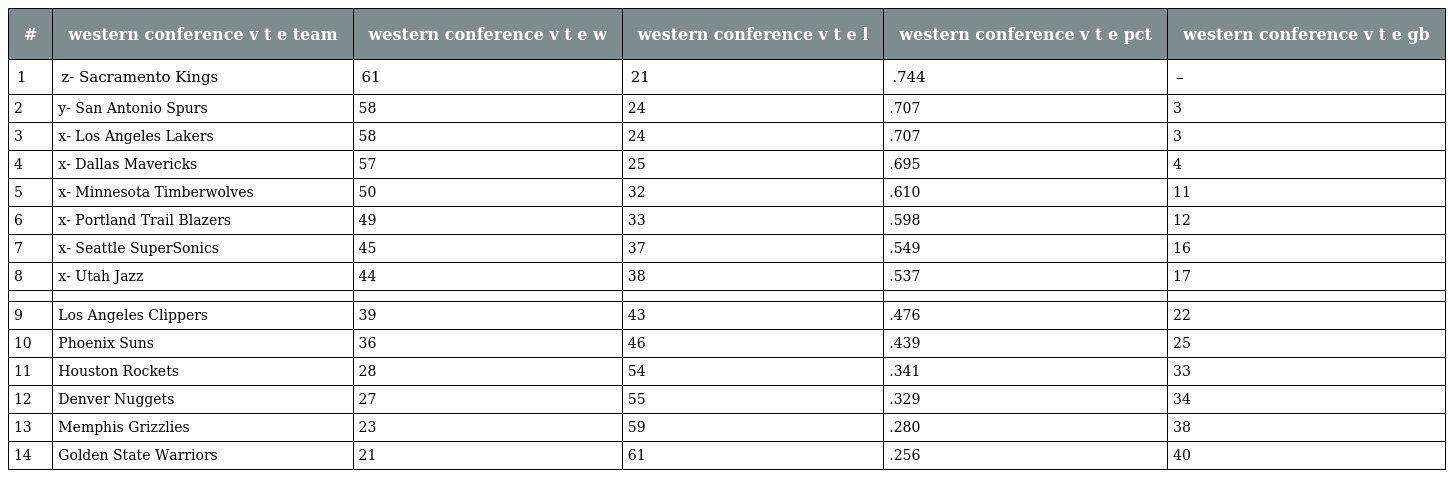
| # | western conference v t e team | western conference v t e w | western conference v t e l | western conference v t e pct | western conference v t e gb |
 | --- | --- | --- | --- | --- | --- |
 | 1 | z- Sacramento Kings | 61 | 21 | .744 | – |
 | 2 | y- San Antonio Spurs | 58 | 24 | .707 | 3 |
 | 3 | x- Los Angeles Lakers | 58 | 24 | .707 | 3 |
 | 4 | x- Dallas Mavericks | 57 | 25 | .695 | 4 |
 | 5 | x- Minnesota Timberwolves | 50 | 32 | .610 | 11 |
 | 6 | x- Portland Trail Blazers | 49 | 33 | .598 | 12 |
 | 7 | x- Seattle SuperSonics | 45 | 37 | .549 | 16 |
 | 8 | x- Utah Jazz | 44 | 38 | .537 | 17 |
 |  |  |  |  |  |  |
 | 9 | Los Angeles Clippers | 39 | 43 | .476 | 22 |
 | 10 | Phoenix Suns | 36 | 46 | .439 | 25 |
 | 11 | Houston Rockets | 28 | 54 | .341 | 33 |
 | 12 | Denver Nuggets | 27 | 55 | .329 | 34 |
 | 13 | Memphis Grizzlies | 23 | 59 | .280 | 38 |
 | 14 | Golden State Warriors | 21 | 61 | .256 | 40 |